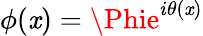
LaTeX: \phi(\mathit{x})=\Phie^{i\theta(\mathit{x})}